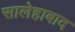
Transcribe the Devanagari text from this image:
सालेहाबाद